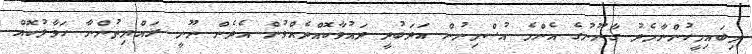
މިބައިމީހުންނާމެދު ގާނޫނުގެ އެންމެ އުސްމިނުން އަދަބުދީ ދައުވާކޮއްދެއްވުން އެދެން ނޫނީ ރައްޔިތުންނާ ހަވާލުކޮއް